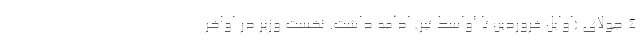
4 جولای (اوایل فروردین تا اواسط تیر) ادامه داشت. نخست وزیر در اواخر